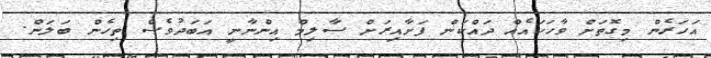
އަހަރެން މިގޮތަށް ވާހަކައެއް ދައްކަން ފަށާއިރަށް ސާލިމް އިންނާނީ އަބަދުވެސް ތިހެން ބަލަން.